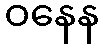
ဝနေန